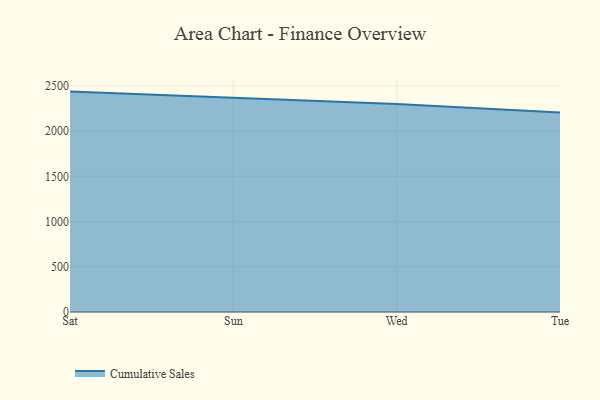
{"axis": {"x": "Day", "y": "Waste Production (Tons)"}, "legend": ["Cumulative Sales"], "data": [{"x": "Sat", "y": 2436.5, "type": "Cumulative Sales"}, {"x": "Sun", "y": 2368.6, "type": "Cumulative Sales"}, {"x": "Wed", "y": 2298.5, "type": "Cumulative Sales"}, {"x": "Tue", "y": 2206.0, "type": "Cumulative Sales"}]}